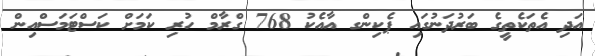
އަދި އެތަކެތީގެ ބަރުދަނުގައި ޕެކިންގ އާއެކު 768 ގްރާމް ހުރި ކަމަށް ކަސްޓަމަސްއިން